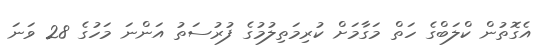
އެގޮތުން ކްލަބްގެ ހަތް މަގާމަށް ކުރިމަތިލުމުގެ ފުރުސަތު އަންނަ މަހުގެ 28 ވަނަ